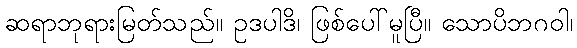
ဆရာဘုရားမြတ်သည်။ ဥဒပါဒိ၊ ဖြစ်ပေါ်မူပြီ။ သောပိဘဂဝါ၊